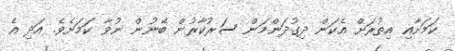
ކަމަށާއި އިތުރަށް އެކަން ދިގުދަންމަން ސަރުކާރުން ބޭނުން ނުވާ ކަމަށެވެ. އަދި އެ